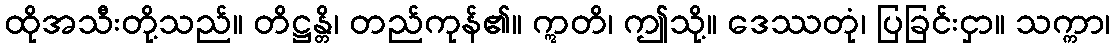
ထိုအသီးတို့သည်။ တိဋ္ဌန္တိ၊ တည်ကုန်၏။ ဣတိ၊ ဤသို့။ ဒေဿတုံ၊ ပြခြင်းငှာ။ သက္ကာ၊